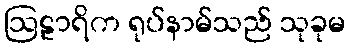
ဩဠာရိက ရုပ်နာမ်သည် သုခုမ